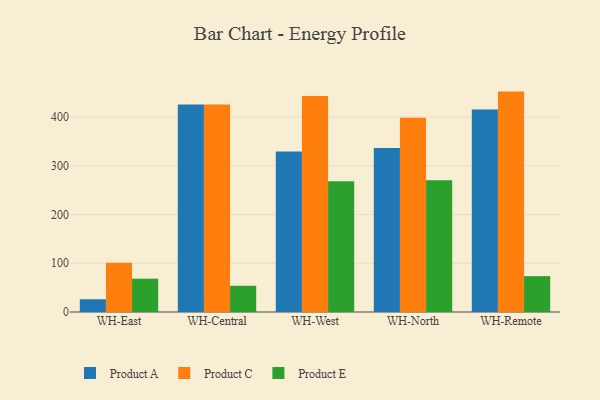
{"axis": {"x": "Warehouse", "y": "Shipments"}, "legend": ["Product A", "Product C", "Product E"], "data": [{"x": "WH-East", "y": 26.1, "type": "Product A"}, {"x": "WH-East", "y": 100.9, "type": "Product C"}, {"x": "WH-East", "y": 68.4, "type": "Product E"}, {"x": "WH-Central", "y": 425.9, "type": "Product A"}, {"x": "WH-Central", "y": 425.8, "type": "Product C"}, {"x": "WH-Central", "y": 53.8, "type": "Product E"}, {"x": "WH-West", "y": 329.2, "type": "Product A"}, {"x": "WH-West", "y": 443.1, "type": "Product C"}, {"x": "WH-West", "y": 268.5, "type": "Product E"}, {"x": "WH-North", "y": 336.5, "type": "Product A"}, {"x": "WH-North", "y": 398.4, "type": "Product C"}, {"x": "WH-North", "y": 270.6, "type": "Product E"}, {"x": "WH-Remote", "y": 415.5, "type": "Product A"}, {"x": "WH-Remote", "y": 452.3, "type": "Product C"}, {"x": "WH-Remote", "y": 73.6, "type": "Product E"}]}